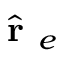
\hat { \textbf { r } } _ { e }